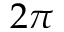
2 \pi